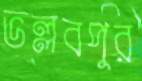
ভল্লবপুর